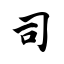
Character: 司